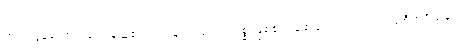
ကင်းလွန်သောအခါ ပြန်ယူ၏။ ရဟန်းသည် ကုက္ကုစ္စ ဖြစ်၏။ ချစ်သား၊ သင် အဘယ်စိတ်ရှိသနည်း။